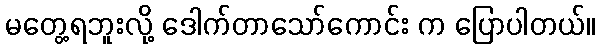
မတွေ့ရဘူးလို့ ဒေါက်တာသော်ကောင်း က ပြောပါတယ်။